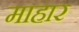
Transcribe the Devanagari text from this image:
माहार